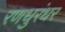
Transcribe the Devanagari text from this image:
रणधुरंधर